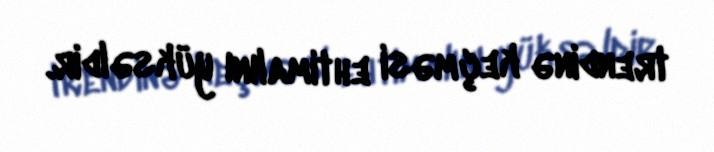
trendinə keçməsi ehtimalını yüksəldir.